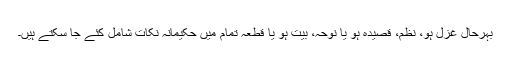
بہرحال غزل ہو، نظم، قصیدہ ہو یا نوحہ، بیت ہو یا قطعہ تمام میں حکیمانہ نکات شامل کئے جا سکتے ہیں۔